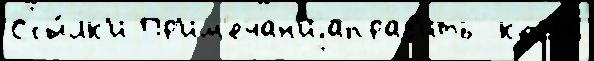
Ссы́лк'и Пр'им'ечан'иjаправ'ить  когда́